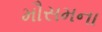
મૌસમના